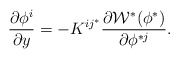
\begin{align*}{\partial \phi^i \over \partial y} =-K^{ i j^*} \frac{\partial {\cal W}^*(\phi^*)}{ \partial \phi^{*j}}.\end{align*}